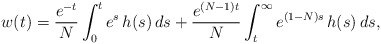
\begin{align*}w(t) = \frac{e^{-t}}{N} \int_0^t e^s \, h(s) \, ds+ \frac{e^{(N-1)t}}{N} \int_t^\infty e^{(1-N)s} \, h(s) \, ds,\end{align*}